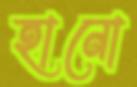
হানো